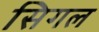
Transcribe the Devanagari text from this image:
सिगल